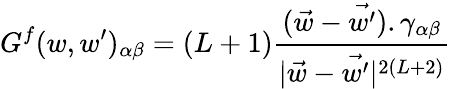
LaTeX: G^{f}(w,w^{\prime})_{\alpha\beta}=(L+1)\frac{{(\vec{w}-\vec{w^{\prime}})}.\gamma_{\alpha\beta}}{|\vec{w}-\vec{w^{\prime}}|^{2(L+2)}}